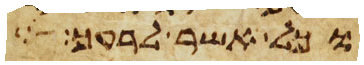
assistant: וכל אשר לרעך